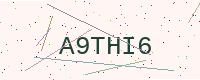
Text: A9THI6